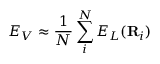
E _ { V } \approx \frac { 1 } { N } \sum _ { i } ^ { N } E _ { L } ( \mathbf { R } _ { i } )